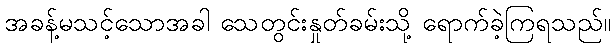
အခန့်မသင့်သောအခါ သေတွင်းနှုတ်ခမ်းသို့ ရောက်ခဲ့ကြရသည်။